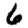
Digit: 6